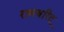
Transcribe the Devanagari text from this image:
रामचरित्